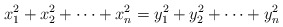
\begin{align*}x_1^2 + x_2^2 + \dotsb + x_n^2 = y_1^2 + y_2^2 + \dotsb + y_n^2 \\\end{align*}